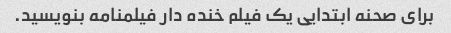
برای صحنه ابتدایی یک فیلم خنده دار فیلمنامه بنویسید.